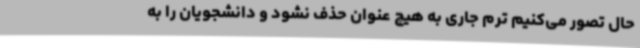
حال تصور می‌کنیم ترم جاری به هیچ عنوان حذف نشود و دانشجویان را به